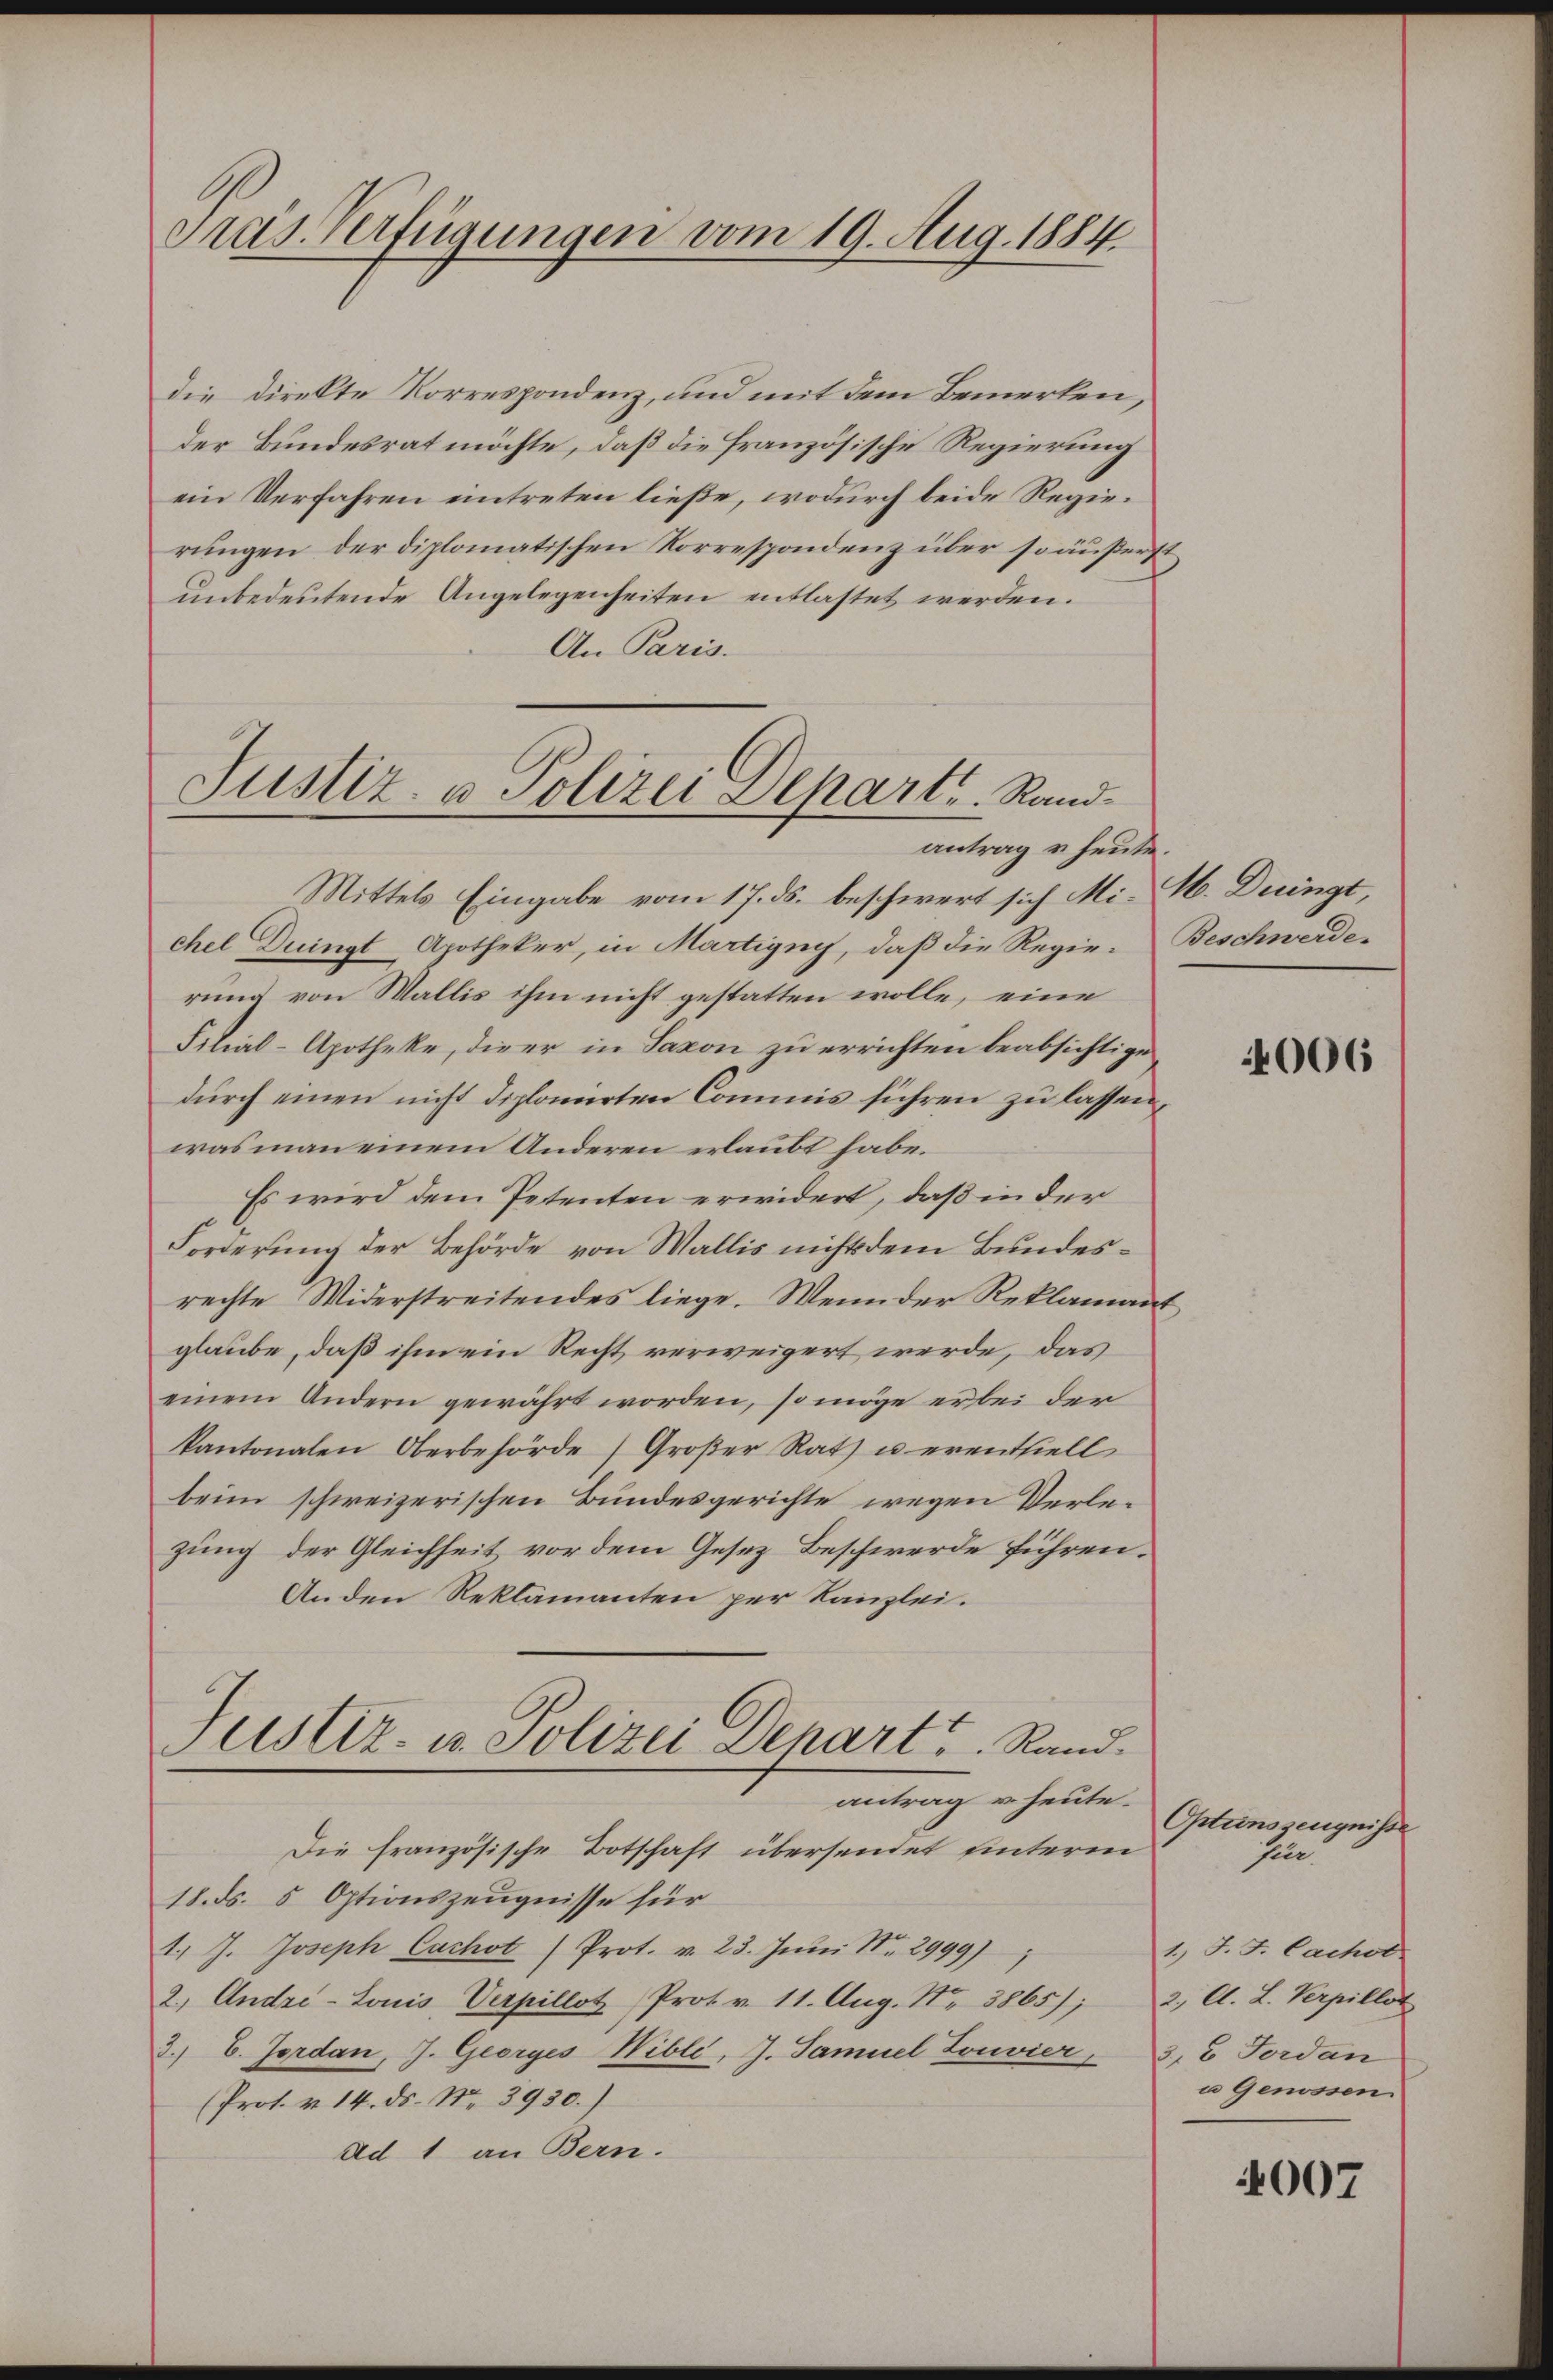
Präs. Verfügungen vom 19. Aug. 1884.

die Direkte Korrespondenz, und mit dem Bemerken,
der Bundesrat möchte, daß die Französische Regierung
ein Verfahren eintreten ließe, wodurch beide Regierungen der diplomatischen Korrespondenz über so äußerst
unbedeutende Angelegenheiten entlastet werden.
An Paris.
Mittels Eingabe vom 17. ds. beschwert sich Michel Duingt Apotheker, in Martigny, daß die Regierung von Wallis ihm nicht gestatten wolle, eine
Filial-Apotheke, dieer in Saxon zu errichten beabsichtige
durch einen nicht diplomirten Commis führen zu lassen,
was man einem Anderen erlaubt habe.
Es wird dem Petenten erwidert, daß in der
Forderung der Behörde von Wallis nichts dem Bundesrechte Widerstreitendes liege. Wenn der Reklamant,
glaube, daß ihm ein Recht verweigert werde, das
einem Andern gewährt worden, so möge er bei der
kantonalen Oberbehörde) Großer Rath u erentfiell
beim schweizerischen Bundesgerichte wegen Verlezung der Gleichheit vor dem Gesez Beschwerde führen.
Anden Reklamanten per Kanzlei.
Justiz- u. Polizei Depart v. Rand.
antrag u. heute.
Die französische Botschaft übersendet unterm
18. ds. 5 Optionszeugnisse für
1.) J. Joseph Cachot (Prot. v. 23. Juni Nr. 2999)
2.) Andre-Louis Verpillot Prot. v. 11. Aug. N. 3865); 2. A. L. Verpillot
3.) C. Jordan, J. Georges Wibli, J. Samuel Louvier, 3, 2 Forden
(Prot. v. 14. ds. Nr. 3930.)
ad 1 an Bern.

Justiz- & Polizei Departe. Randantrag u. heute.

M. Dringt,
Beschwerde.

2

4006

4007

Otunszeugnisse
sele
1., J. J. Cachob.
u Genossen